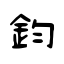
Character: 鈞